Indian Civil Veterinary Department memoirs
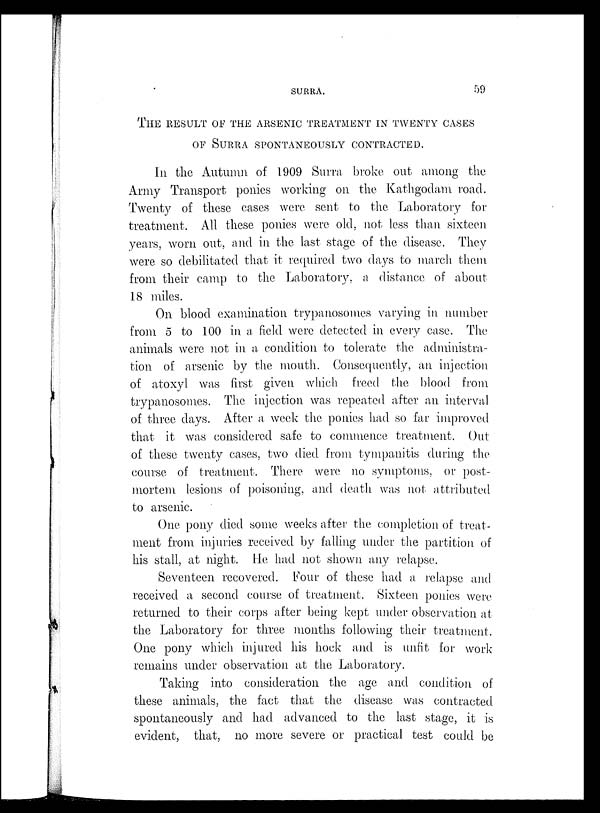
SURRA.
59
THE RESULT OF THE ARSENIC TREATMENT IN TWENTY CASES
OF SURRA SPONTANEOUSLY CONTRACTED.
In the Autumn of 1909 Surra broke out among the
Army Transport ponies working on the Kathgodam road.
Twenty of these cases were sent to the Laboratory for
treatment. All these ponies were old, not less than sixteen
years, worn out, and in the last stage of the disease. They
were so debilitated that it required two days to march them
from their camp to the Laboratory, a distance of about
18 miles.
On blood examination trypanosomes varying in number
from 5 to 100 in a field were detected in every case. The
animals were not in a condition to tolerate the administra-
tion of arsenic by the mouth. Consequently, an injection
of atoxyl was first given which freed the blood from
trypanosomes. The injection was repeated after an interval
of three days. After a week the ponies had so far improved
that it was considered safe to commence treatment. Out
of these twenty cases, two died from tympanitis during the
course of treatment. There were no symptoms, or post-
mortem lesions of poisoning, and death was not attributed
to arsenic.
One pony died some weeks after the completion of treat-
ment from injuries received by falling under the partition of
his stall, at night. He had not shown any relapse.
Seventeen recovered. Four of these had a relapse and
received a second course of treatment. Sixteen ponies were
returned to their corps after being kept under observation at
the Laboratory for three months following their treatment.
One pony which injured his hock and is unfit for work
remains under observation at the Laboratory.
Taking into consideration the age and condition of
these animals, the fact that the disease was contracted
spontaneously and had advanced to the last stage, it is
evident, that, no more severe or practical test could be